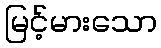
မြင့်မားသော